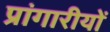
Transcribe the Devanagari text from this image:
प्रांगारीयों